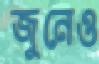
জুনেও